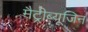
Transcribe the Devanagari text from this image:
मैट्रीब्यूजिन